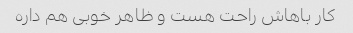
کار باهاش راحت هست و ظاهر خوبی هم داره